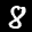
Label: 8